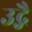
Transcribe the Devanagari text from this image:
उद्गै